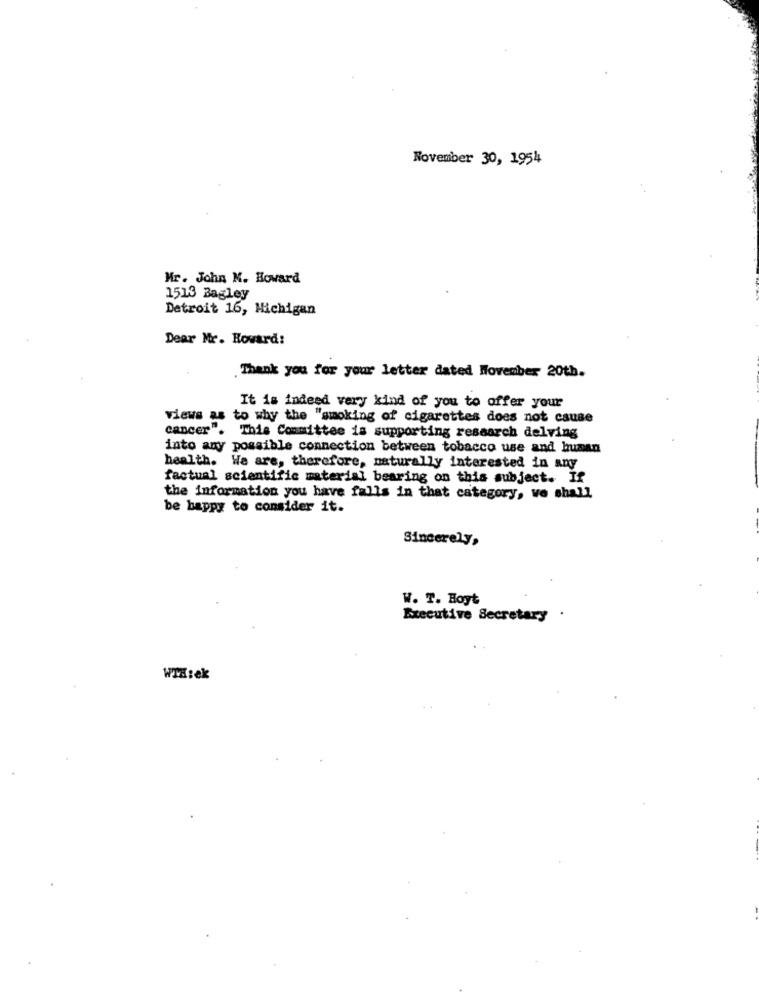
November 30, 1954
Mr. John M. Howard
1513 Bagley
Detroit 16, Michigan
Dear Mr. Howard:
Thank you for your letter dated November 20th.
It is indeed very kind of you to offer your
views as to why the "smoking of cigarettes does not cause
cancer". This Committee is supporting research delving
into any possible connection between tobacco use and human
health. We are, therefore, naturally interested in any
factual scientific material bearing on this subject. If
the information you have falls in that category, we shall
be happy to consider it.
Sincerely,
W. T. Hoyt
Executive Secretary
WTH:ek